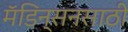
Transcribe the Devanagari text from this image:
मॅडिन्सनसाठी